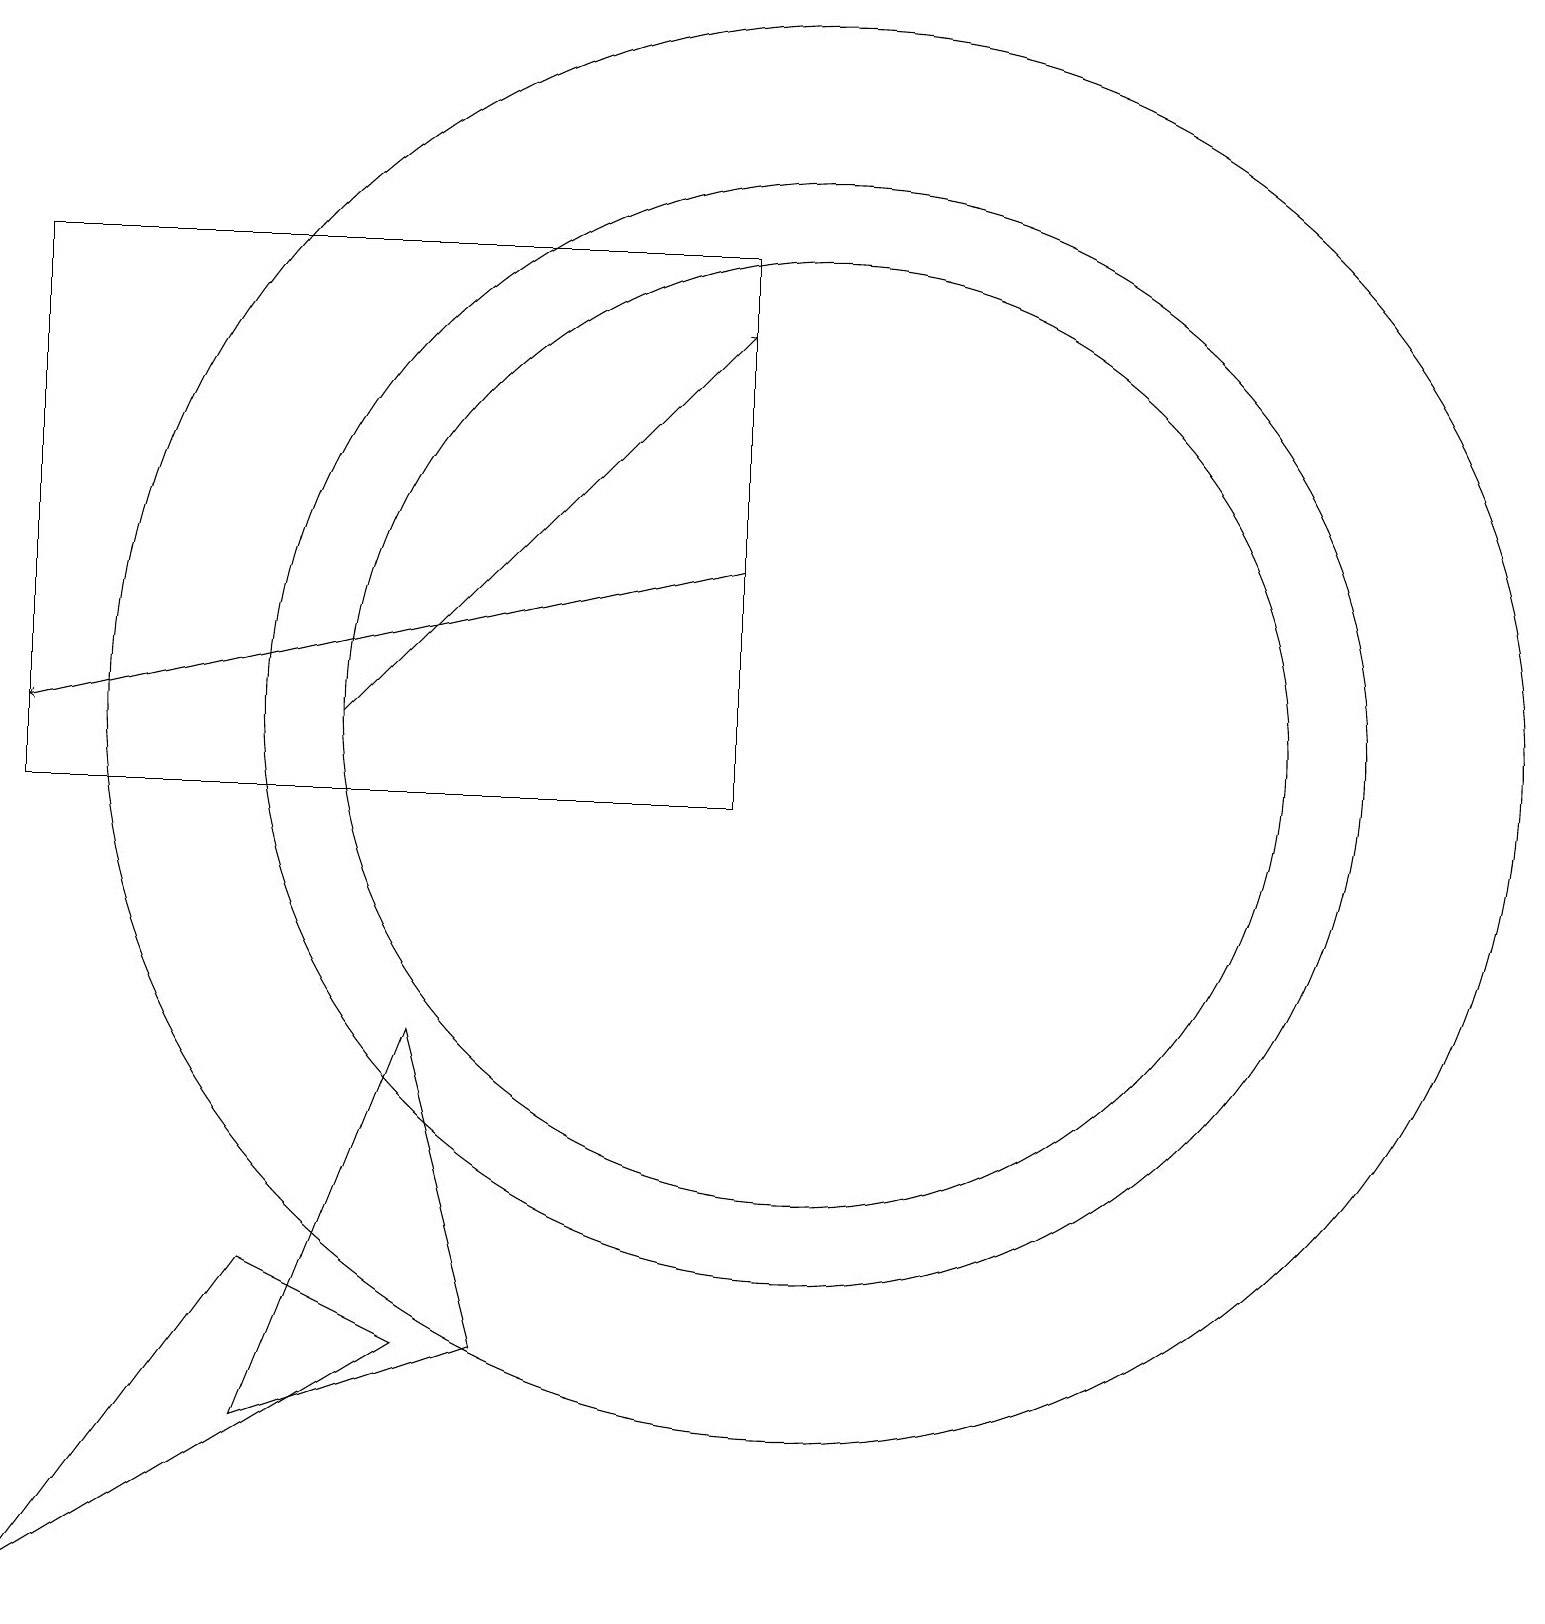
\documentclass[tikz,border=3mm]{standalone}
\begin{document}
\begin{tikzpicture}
\draw (10,11) circle (6);
\draw[->] (9,13) -- (0,11);
\draw (10,11) circle (7);
\draw (0,17) rectangle (9,10);
\draw (3,2) -- (6,3) -- (5,7) -- cycle;
\draw[->] (4,11) -- (9,16);
\draw (10,11) circle (9);
\draw (0,0) -- (3,4) -- (5,3) -- cycle;
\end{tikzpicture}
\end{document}